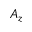
A _ { z }